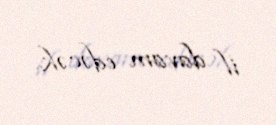
il davam edəcək.